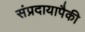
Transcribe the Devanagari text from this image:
संप्रदायापैकी